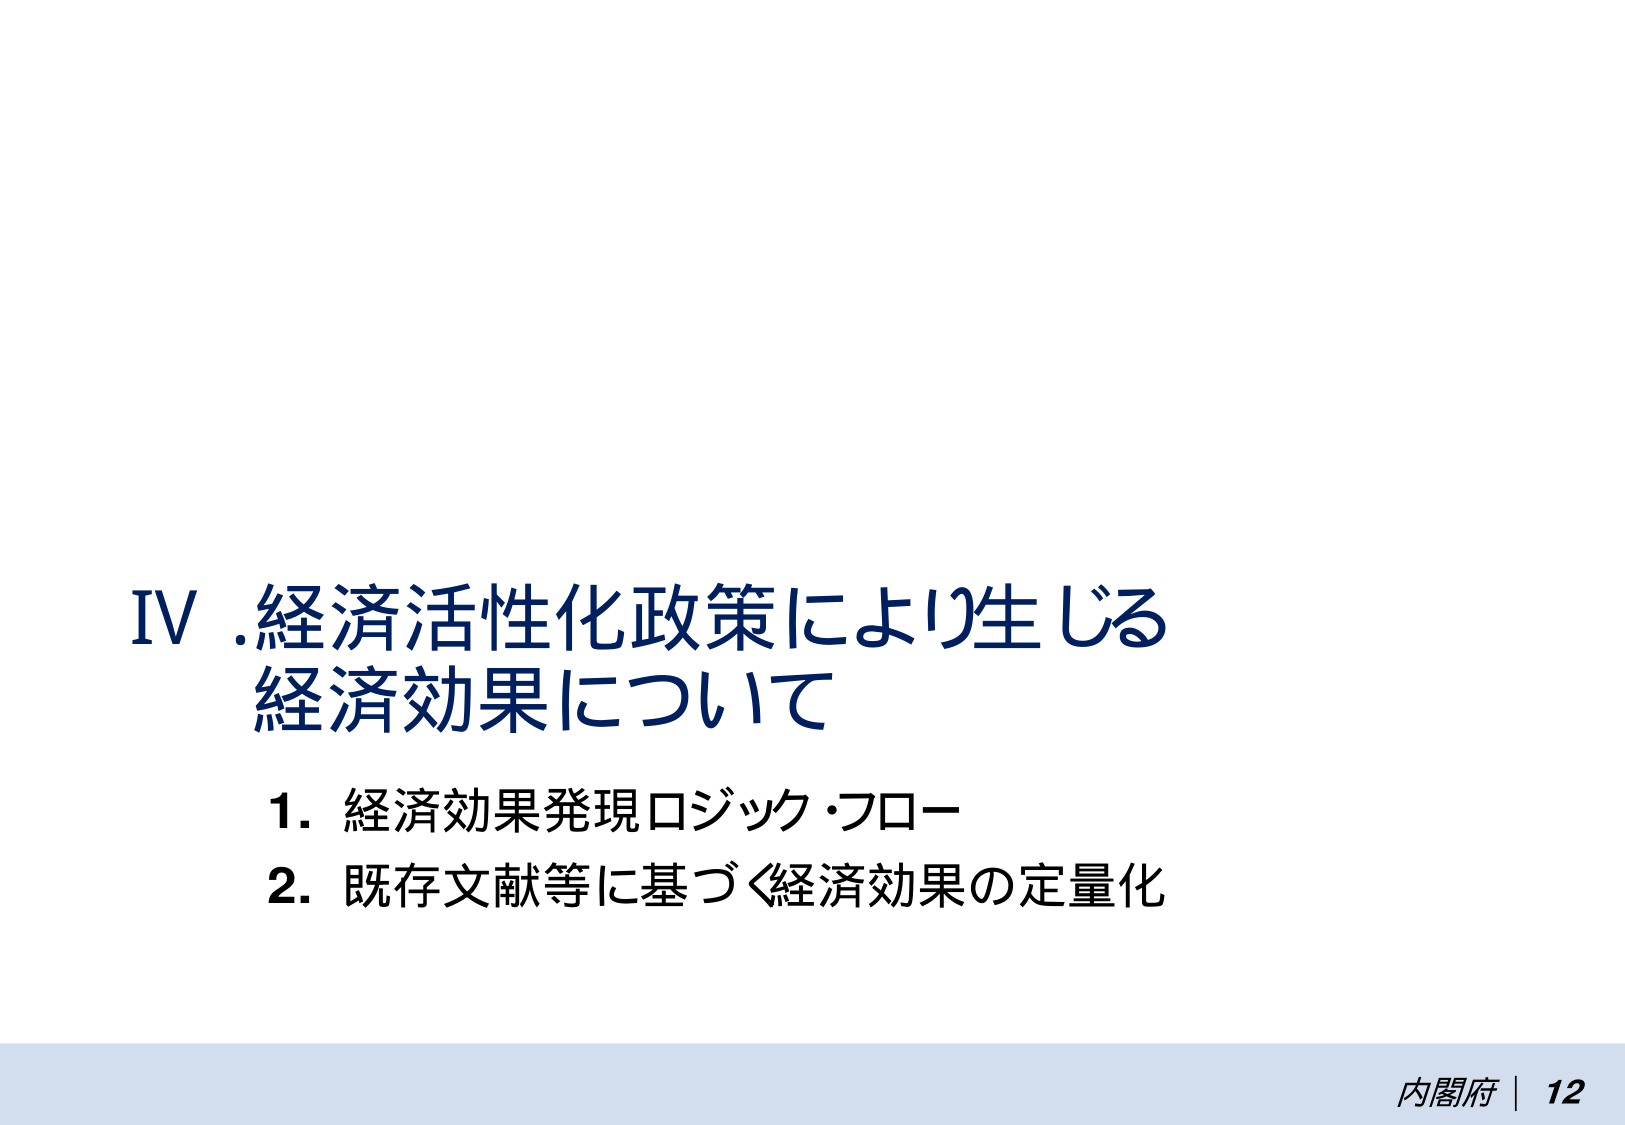
IV. 経済活性化政策により生じる
経済効果について

1. 経済効果発現ロジック・フロー
2. 既存文献等に基づく経済効果の定量化

内閣府 | 12